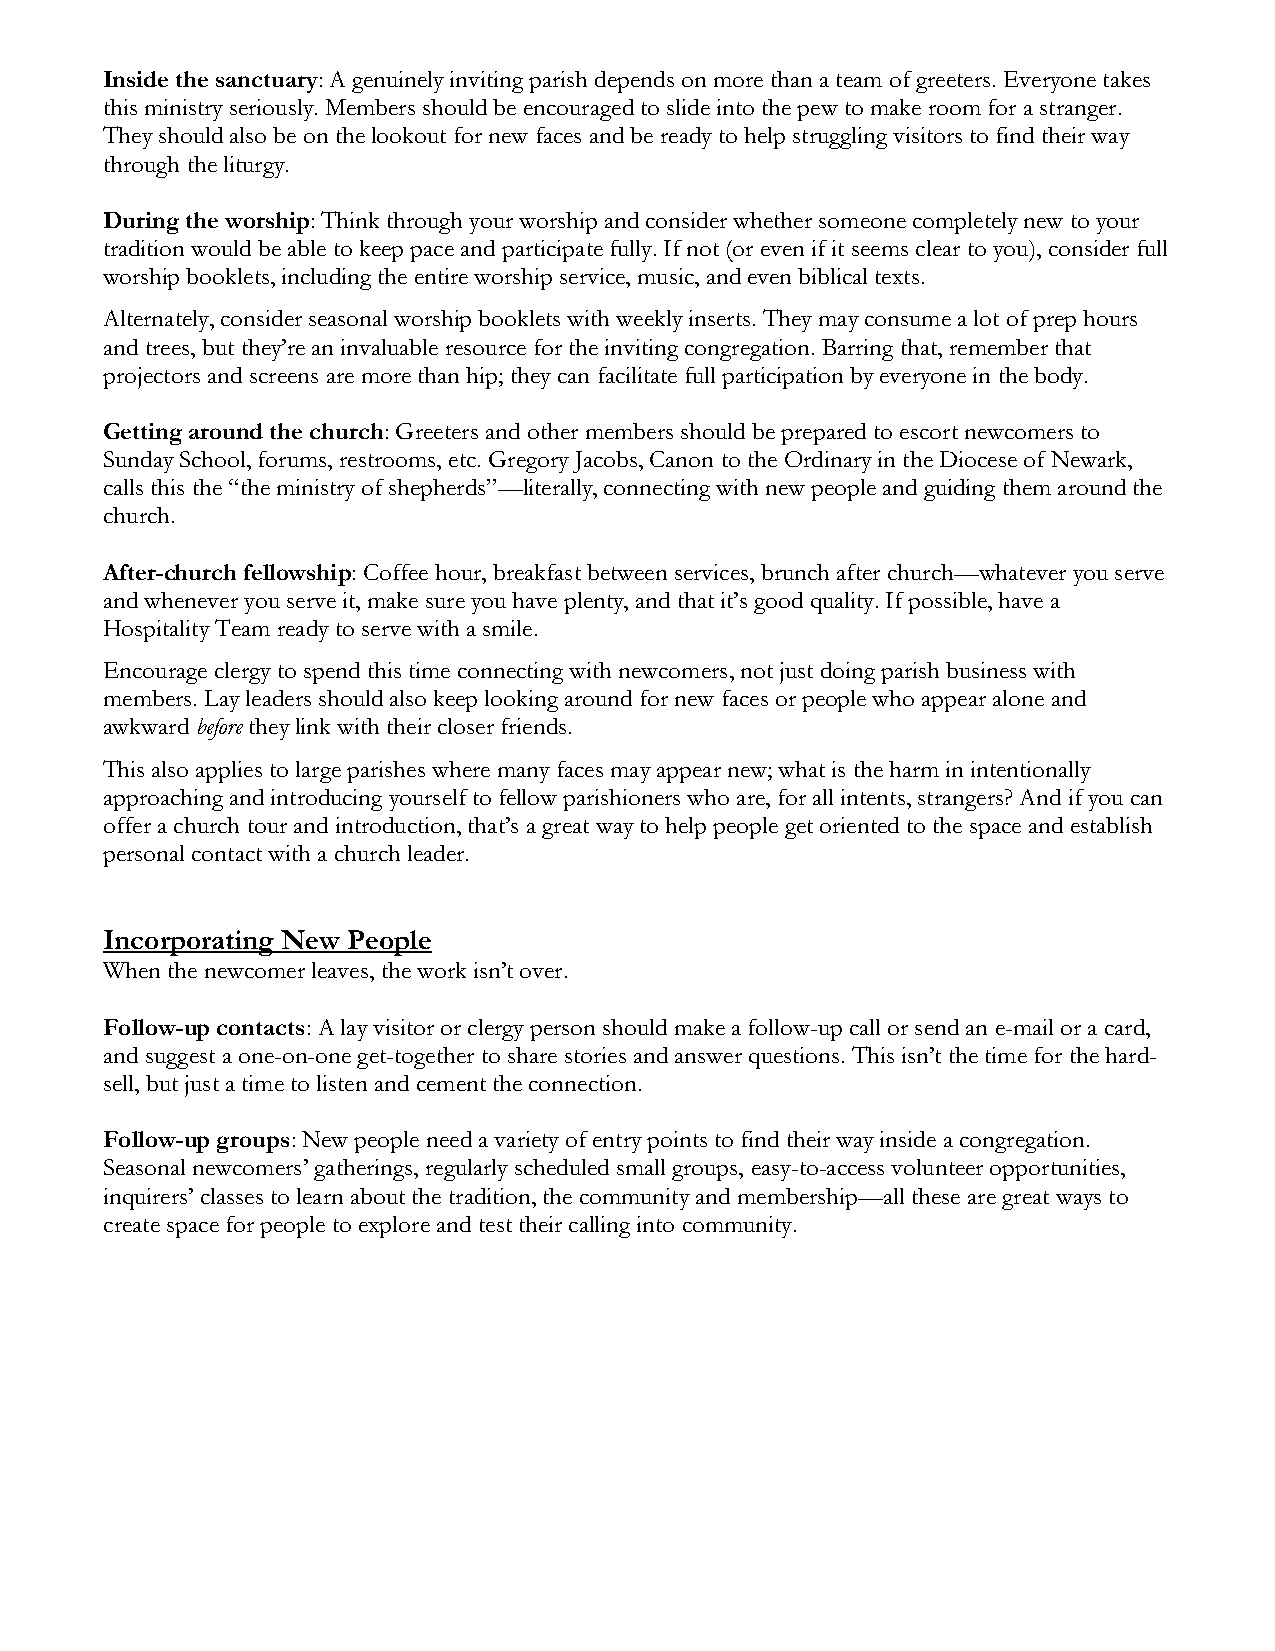
Inside the sanctuary: A genuinely inviting parish depends on more than a team of greeters. Everyone takes
 this ministry seriously. Members should be encouraged to slide into the pew to make room for a stranger.
 They should also be on the lookout for new faces and be ready to help struggling visitors to find their way
 through the liturgy.
 During the worship: Think through your worship and consider whether someone completely new to your
 tradition would be able to keep pace and participate fully. If not (or even if it seems clear to you), consider full
 worship booklets, including the entire worship service, music, and even biblical texts.
 Alternately, consider seasonal worship booklets with weekly inserts. They may consume a lot of prep hours
 and trees, but they’re an invaluable resource for the inviting congregation. Barring that, remember that
 projectors and screens are more than hip; they can facilitate full participation by everyone in the body.
 Getting around the church: Greeters and other members should be prepared to escort newcomers to
 Sunday School, forums, restrooms, etc. Gregory Jacobs, Canon to the Ordinary in the Diocese of Newark,
 calls this the “the ministry of shepherds”—literally, connecting with new people and guiding them around the
 church.
 After-church fellowship: Coffee hour, breakfast between services, brunch after church—whatever you serve
 and whenever you serve it, make sure you have plenty, and that it’s good quality. If possible, have a
 Hospitality Team ready to serve with a smile.
 Encourage clergy to spend this time connecting with newcomers, not just doing parish business with
 members. Lay leaders should also keep looking around for new faces or people who appear alone and
 awkward before they link with their closer friends.
 This also applies to large parishes where many faces may appear new; what is the harm in intentionally
 approaching and introducing yourself to fellow parishioners who are, for all intents, strangers? And if you can
 offer a church tour and introduction, that’s a great way to help people get oriented to the space and establish
 personal contact with a church leader.
 Incorporating New People
 When the newcomer leaves, the work isn’t over.
 Follow-up contacts: A lay visitor or clergy person should make a follow-up call or send an e-mail or a card,
 and suggest a one-on-one get-together to share stories and answer questions. This isn’t the time for the hard-
 sell, but just a time to listen and cement the connection.
 Follow-up groups: New people need a variety of entry points to find their way inside a congregation.
 Seasonal newcomers’ gatherings, regularly scheduled small groups, easy-to-access volunteer opportunities,
 inquirers’ classes to learn about the tradition, the community and membership—all these are great ways to
 create space for people to explore and test their calling into community.